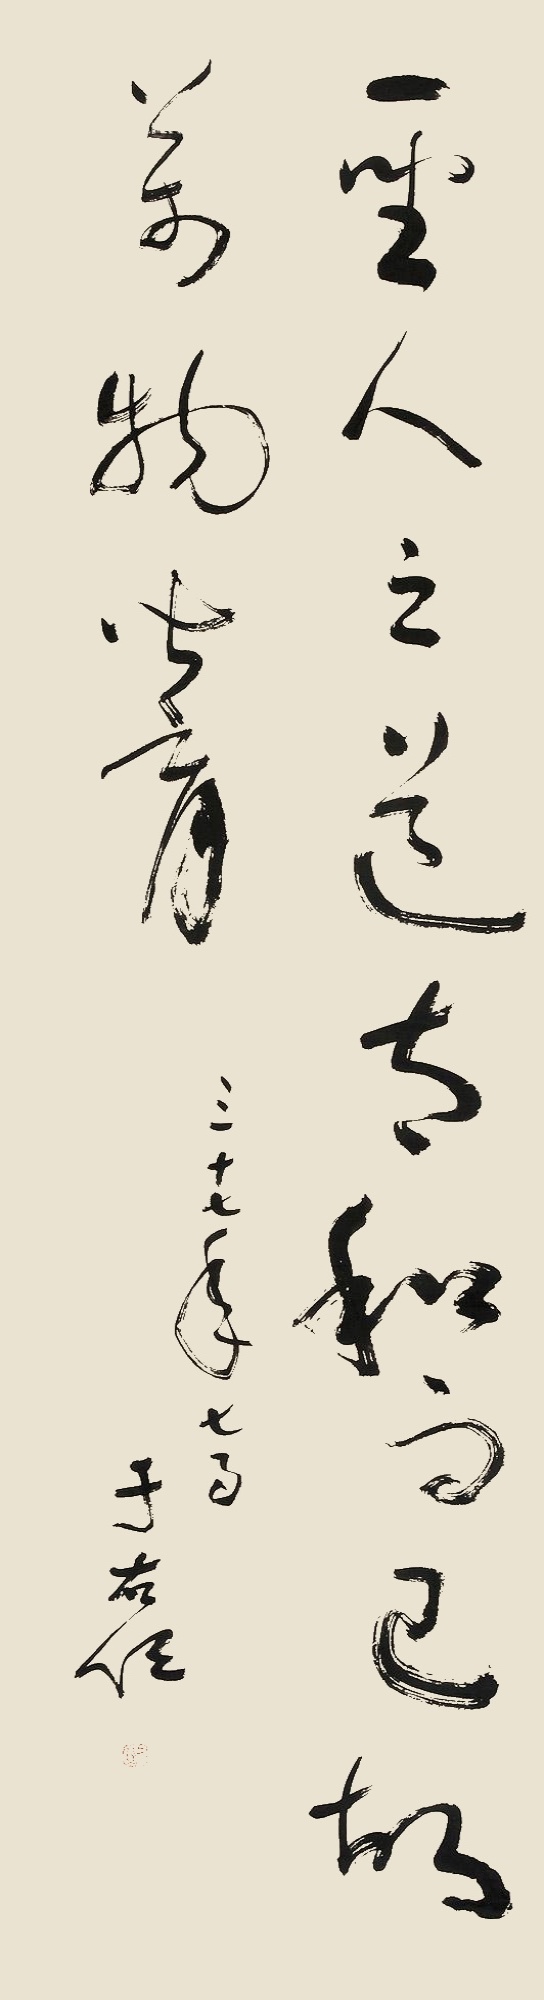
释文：圣人之道太和而已，故万物皆育。三十七年七月，于右任。